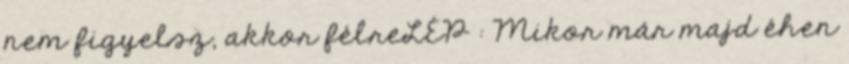
nem figyelsz, akkor félreLÉP : Mikor már majd éhen